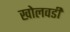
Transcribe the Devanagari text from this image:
खोलवडी